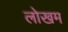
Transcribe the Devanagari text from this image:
लोखम